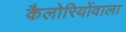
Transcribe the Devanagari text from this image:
कैलोरियोंवाला